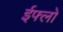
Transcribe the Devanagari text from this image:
ईफ्लो